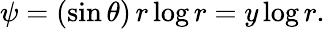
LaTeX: \begin{array}{r}{{\psi}=(\sin\theta)\, r\log r=y\log r.}\end{array}